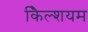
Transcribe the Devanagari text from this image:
कैिल्शयम